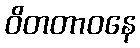
ဝိတတာဝနေ